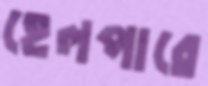
হেলপারে